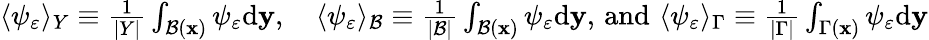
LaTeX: \begin{array}{r}{\langle\psi_{\varepsilon}\rangle_{Y}\equiv\frac{1}{|Y|}\int_{\mathcal{B}(\mathbf x)}\psi_{\varepsilon}\mathrm{d}\mathbf{y},\quad\langle\psi_{\varepsilon}\rangle_{\mathcal{B}}\equiv\frac{1}{|\mathcal{B}|}\int_{\mathcal{B}(\mathbf x)}\psi_{\varepsilon}\mathrm{d}\mathbf{y},\, \mathrm{and}\, \, \langle\psi_{\varepsilon}\rangle_{\Gamma}\equiv\frac{1}{|\Gamma|}\int_{\Gamma(\mathbf x)}\psi_{\varepsilon}\mathrm{d}\mathbf{y}}\end{array}